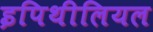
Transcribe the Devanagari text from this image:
इपिथीलियल